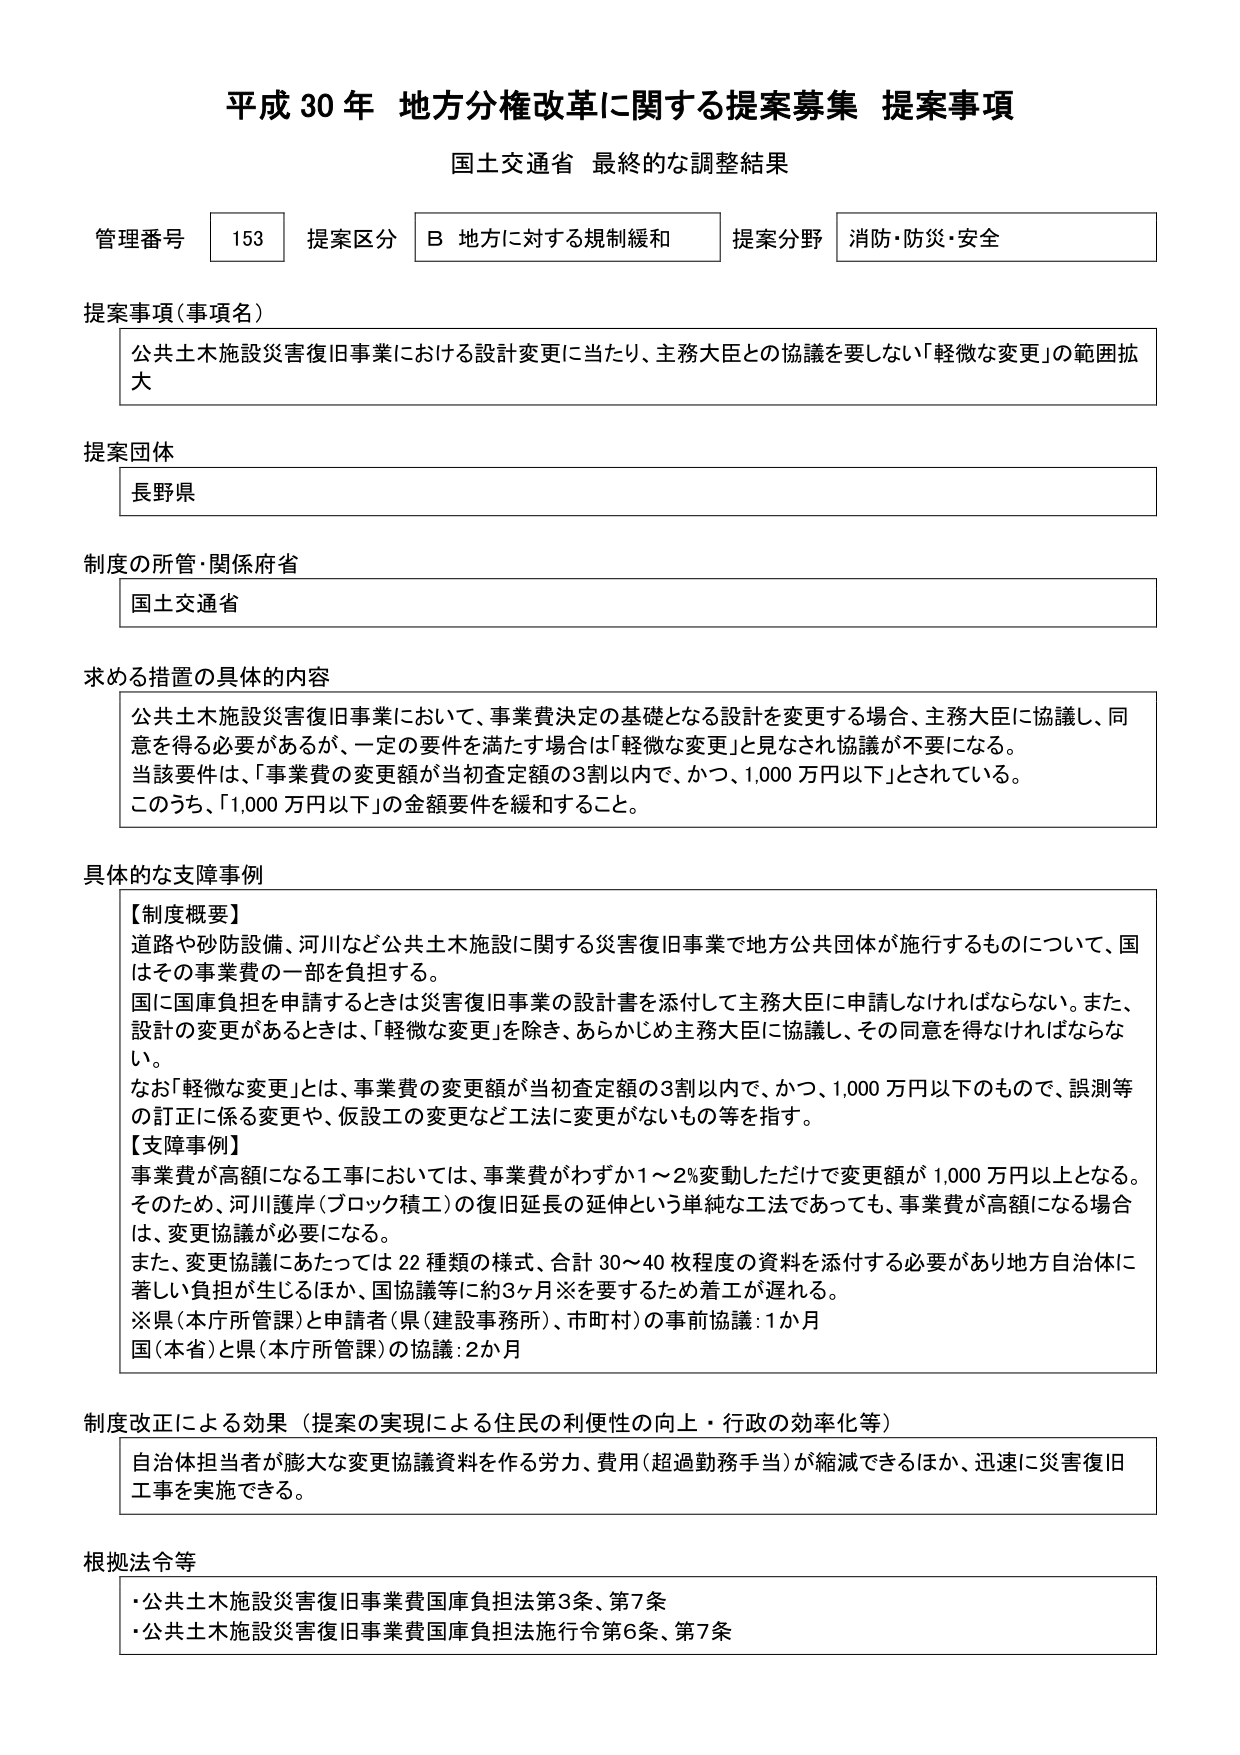
平成30年 地方分権改革に関する提案募集 提案事項
国土交通省 最終的な調整結果

管理番号 153 提案区分 B 地方に対する規制緩和 提案分野 消防・防災・安全

提案事項（事項名）
公共土木施設災害復旧事業における設計変更に当たり、主務大臣との協議を要しない「軽微な変更」の範囲拡大

提案団体
長野県

制度の所管・関係府省
国土交通省

求める措置の具体的内容
公共土木施設災害復旧事業において、事業費決定の基礎となる設計を変更する場合、主務大臣に協議し、同意を得る必要があるが、一定の要件を満たす場合は「軽微な変更」と見なされ協議が不要になる。
当該要件は、「事業費の変更額が当初査定額の3割以内で、かつ、1,000万円以下」とされている。
このうち、「1,000万円以下」の金額要件を緩和すること。

具体的な支障事例
【制度概要】
道路や砂防設備、河川など公共土木施設に関する災害復旧事業で地方公共団体が施行するものについて、国はその事業費の一部を負担する。
国に国庫負担を申請するときは災害復旧事業の設計書を添付して主務大臣に申請しなければならない。また、設計の変更があるときは、「軽微な変更」を除き、あらかじめ主務大臣に協議し、その同意を得なければならない。
なお「軽微な変更」とは、事業費の変更額が当初査定額の3割以内で、かつ、1,000万円以下のもので、誤測等の訂正に係る変更や、仮設工の変更など工法に変更がないもの等を指す。
【支障事例】
事業費が高額になる工事においては、事業費がわずか1～2％変動しただけで変更額が1,000万円以上となる。
そのため、河川護岸（ブロック積工）の復旧延長の延伸という単純な工法であっても、事業費が高額になる場合は、変更協議が必要になる。
また、変更協議にあたっては22種類の様式、合計30～40枚程度の資料を添付する必要があり地方自治体に著しい負担が生じるほか、国協議等に約3ヶ月※を要するため着工が遅れる。
※県（本庁所管課）と申請者（県（建設事務所）、市町村）の事前協議：1か月
国（本省）と県（本庁所管課）の協議：2か月

制度改正による効果（提案の実現による住民の利便性の向上・行政の効率化等）
自治体担当者が膨大な変更協議資料を作る労力、費用（超過勤務手当）が縮減できるほか、迅速に災害復旧工事を実施できる。

根拠法令等
・公共土木施設災害復旧事業費国庫負担法第3条、第7条
・公共土木施設災害復旧事業費国庫負担法施行令第6条、第7条